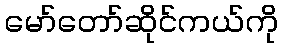
မော်တော်ဆိုင်ကယ်ကို